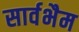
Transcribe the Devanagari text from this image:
सार्वभैम